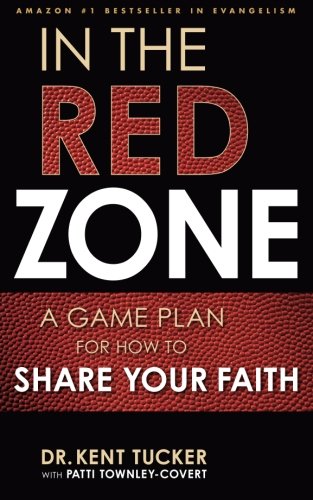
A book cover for In the Red Zone: A Game Plan for How to Share Your Faith; Kent Tucker; Christian Books & Bibles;